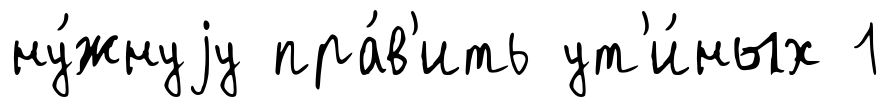
ну́жнуjу пра́в'ить ут'и́ных 1